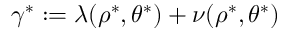
\gamma ^ { \ast } : = \lambda ( \rho ^ { \ast } , \theta ^ { \ast } ) + \nu ( \rho ^ { \ast } , \theta ^ { \ast } )